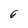
Character: 6